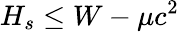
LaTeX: H_{s}\leq W-\mu c^{2}